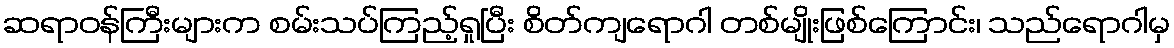
ဆရာဝန်ကြီးများက စမ်းသပ်ကြည့်ရှုပြီး စိတ်ကျရောဂါ တစ်မျိုးဖြစ်ကြောင်း၊ သည်ရောဂါမှ